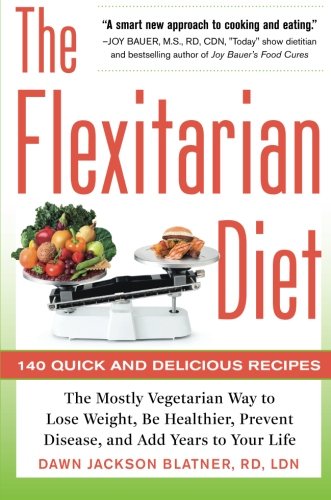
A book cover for The Flexitarian Diet: The Mostly Vegetarian Way to Lose Weight, Be Healthier, Prevent Disease, and Add Years to Your Life; Dawn Jackson Blatner; Cookbooks, Food & Wine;